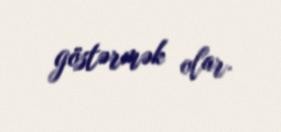
göstərmək olar.